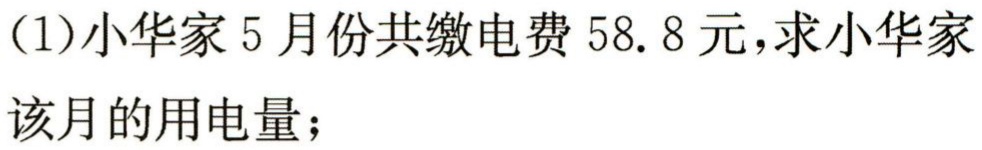
(1)小华家5月份共缴电费$58.8$元，求小华家该月的用电量；